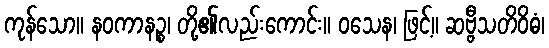
ကုန်သော။ နဝကာနဉ္စ၊ တို့၏လည်းကောင်း။ ဝသေန၊ ဖြင့်။ ဆဗ္ဗီသတိဝိဓံ၊